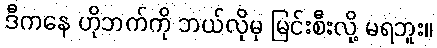
ဒီကနေ ဟိုဘက်ကို ဘယ်လိုမှ မြင်းစီးလို့ မရဘူး။